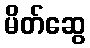
မိတ်ဆွေ